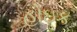
હોઇક